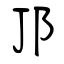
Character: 邒